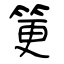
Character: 筻